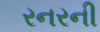
રનરની